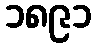
၁၈၉၁